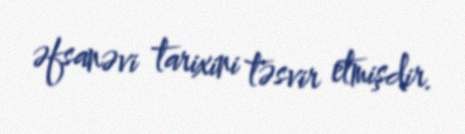
əfsanəvi tarixini təsvir etmişdir.